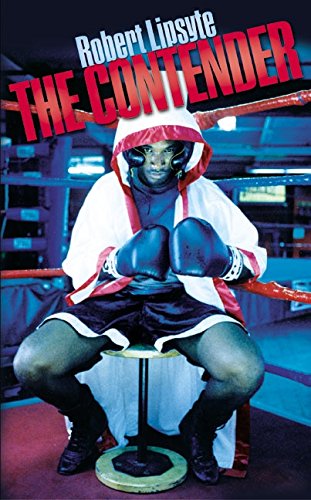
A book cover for The Contender; Robert Lipsyte; Teen & Young Adult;